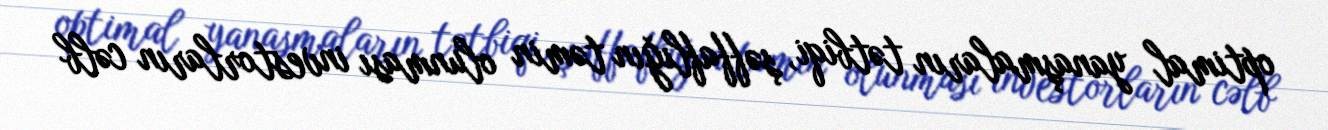
optimal yanaşmaların tətbiqi, şəffaflığın təmin olunması investorların cəlb